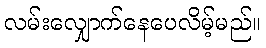
လမ်းလျှောက်နေပေလိမ့်မည်။